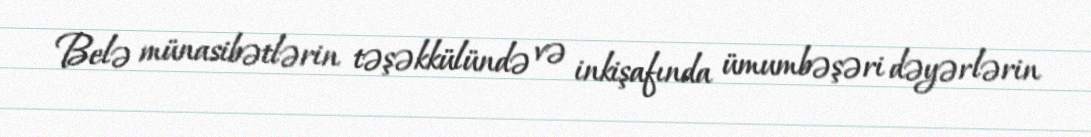
Belə münasibətlərin təşəkkülündə və inkişafında ümumbəşəri dəyərlərin